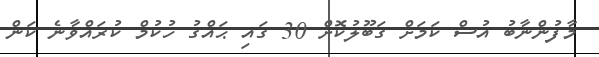
މާފުންނާބު އުސް ކަމަށް ގަބޫލުކޮށް 30 ގައި ޙައްގު ހުކުމް ކުރައްވާނެ ކަން